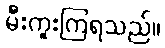
မီးကူးကြရသည်။